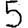
Digit: 5